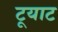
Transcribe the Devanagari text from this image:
टूयाट